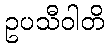
ဥပသီဝါတိ